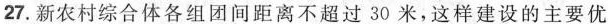
27.新农村综合体各组团间距离不超过30米，这样建设的主要优